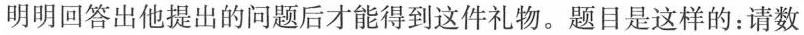
明明回答出他提出的问题后才能得到这件礼物。题目是这样的：请数